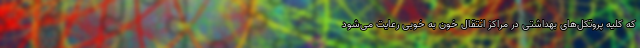
که کلیه پروتکل‌های بهداشتی در مراکز انتقال خون به خوبی رعایت می‌شود